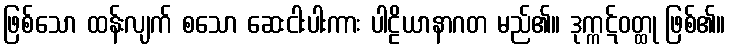
ဖြစ်သော ထန်းလျက် စသော ဆေးငါးပါးကား ပါဠိယာနာဂတ မည်၏။ ဒုက္ကဋ်ဝတ္ထု ဖြစ်၏။